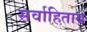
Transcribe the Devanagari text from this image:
सर्वाहिताय